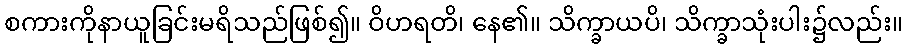
စကားကိုနာယူခြင်းမရိသည်ဖြစ်၍။ ဝိဟရတိ၊ နေ၏။ သိက္ခာယပိ၊ သိက္ခာသုံးပါး၌လည်း။